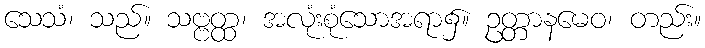
သေသံ၊ သည်။ သဗ္ဗတ္ထ၊ အလုံးစုံသောအရာ၌။ ဥတ္တာနမေဝ၊ တည်း။